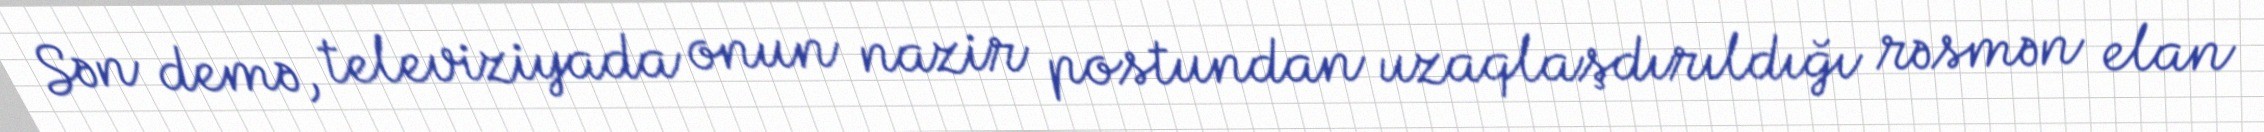
Sən demə, televiziyada onun nazir postundan uzaqlaşdırıldığı rəsmən elan